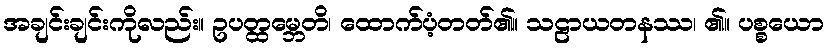
အချင်းချင်းကိုလည်း။ ဥပတ္ထမ္ဘေတိ၊ ထောက်ပံ့တတ်၏။ သဠာယတနဿ၊ ၏။ ပစ္စယော